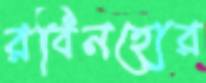
রবিনহোর